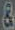
&